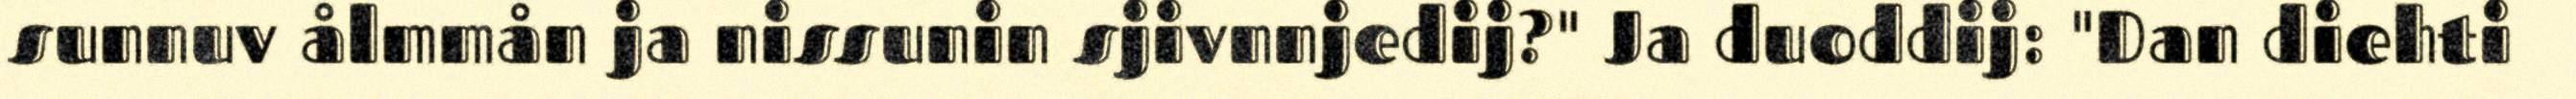
sunnuv ålmmån ja nissunin sjivnnjedij?" Ja duoddij: "Dan diehti